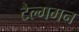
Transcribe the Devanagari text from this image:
टैल्गमन